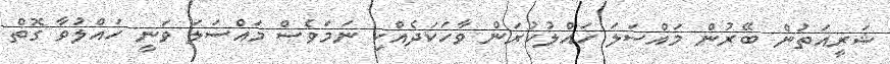
ޝަރީއަތުން ބޭރުން މައްސަލަ ހައްލުކުރަން ވާހަކަދެއްކި ނަމަވެސް މައްސަލަ ވަނީ ހައްލުވާ ގޮތް